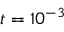
t = 1 0 ^ { - 3 }